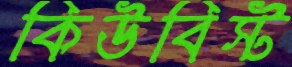
কিউবিস্ট